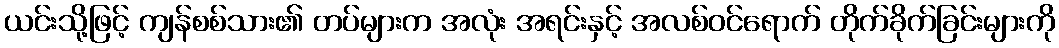
ယင်းသို့ဖြင့် ကျန်စစ်သား၏ တပ်များက အလုံး အရင်းနှင့် အလစ်ဝင်ရောက် တိုက်ခိုက်ခြင်းများကို